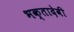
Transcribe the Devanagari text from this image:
भक्तादेवी